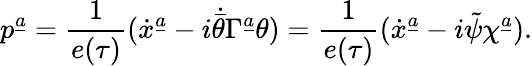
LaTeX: p^{\underline{{a}}}={\frac{1}{e(\tau)}}(\dot{x}^{\underline{{a}}}-i\dot{\bar{\theta}}\Gamma^{\underline{{a}}}\theta)={\frac{1}{e(\tau)}}(\dot{x}^{\underline{{a}}}-i\tilde{\psi}\chi^{\underline{{a}}}).